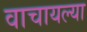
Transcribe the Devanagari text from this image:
वाचायल्या